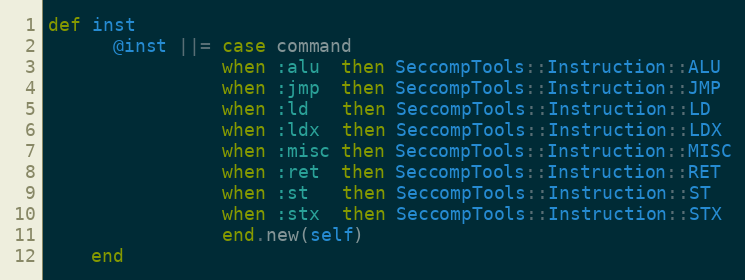
Language: Ruby
def inst
      @inst ||= case command
                when :alu  then SeccompTools::Instruction::ALU
                when :jmp  then SeccompTools::Instruction::JMP
                when :ld   then SeccompTools::Instruction::LD
                when :ldx  then SeccompTools::Instruction::LDX
                when :misc then SeccompTools::Instruction::MISC
                when :ret  then SeccompTools::Instruction::RET
                when :st   then SeccompTools::Instruction::ST
                when :stx  then SeccompTools::Instruction::STX
                end.new(self)
    end